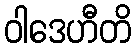
ဝါဒေဟီတိ